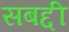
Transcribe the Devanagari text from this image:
सबद्दी